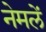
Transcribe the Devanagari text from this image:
नेमलें